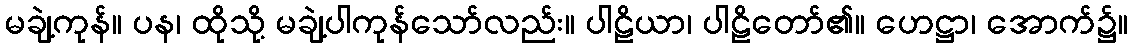
မချဲ့ကုန်။ ပန၊ ထိုသို့ မချဲ့ပါကုန်သော်လည်း။ ပါဠိယာ၊ ပါဠိတော်၏။ ဟေဋ္ဌာ၊ အောက်၌။